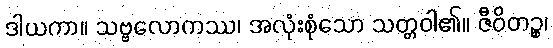
ဒါယကာ။ သဗ္ဗလောကဿ၊ အလုံးစုံသော သတ္တဝါ၏။ ဇီဝိတဉ္စ၊